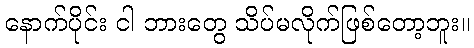
နောက်ပိုင်း ငါ ဘားတွေ သိပ်မလိုက်ဖြစ်တော့ဘူး။